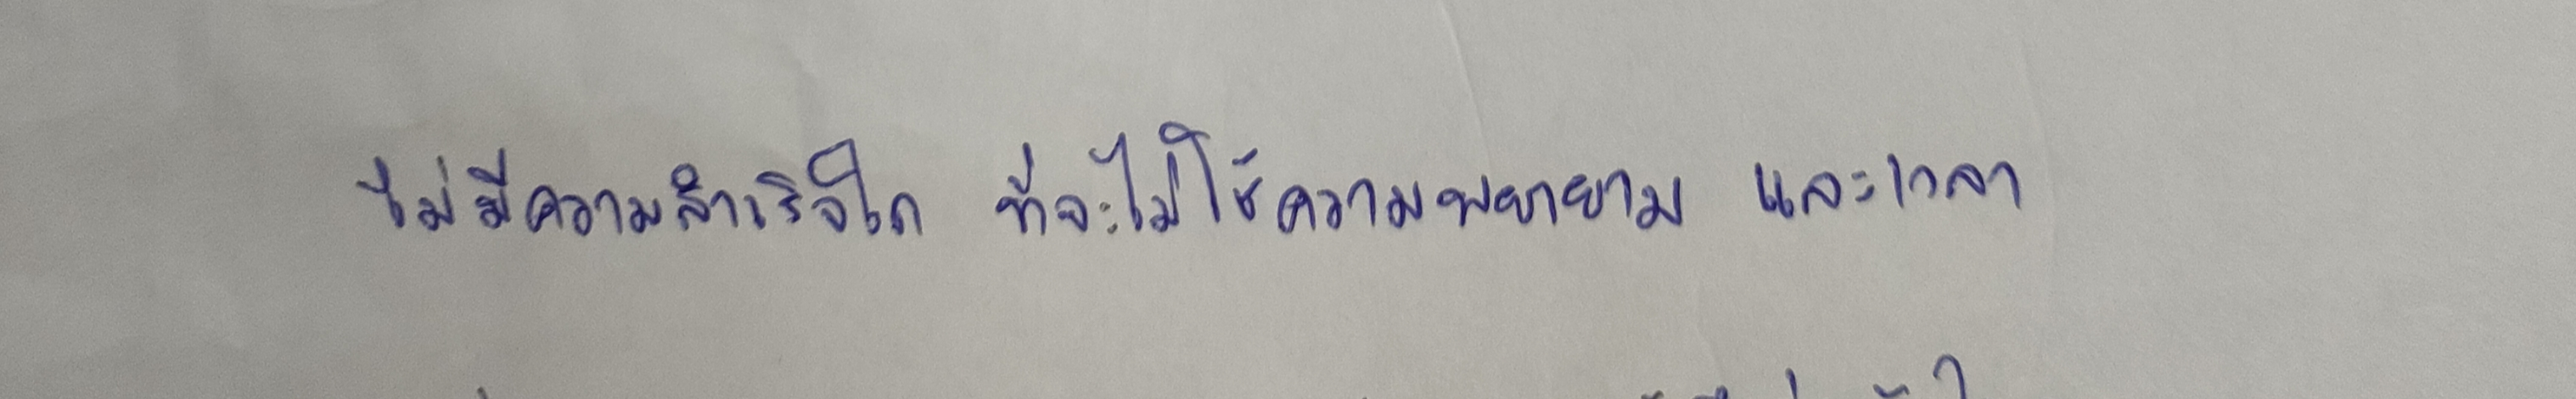
ไม่มีความสําเร็จใด ที่จะไม่ใช้ความพยายามและเวลา